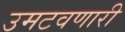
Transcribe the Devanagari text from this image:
उमटवणारी